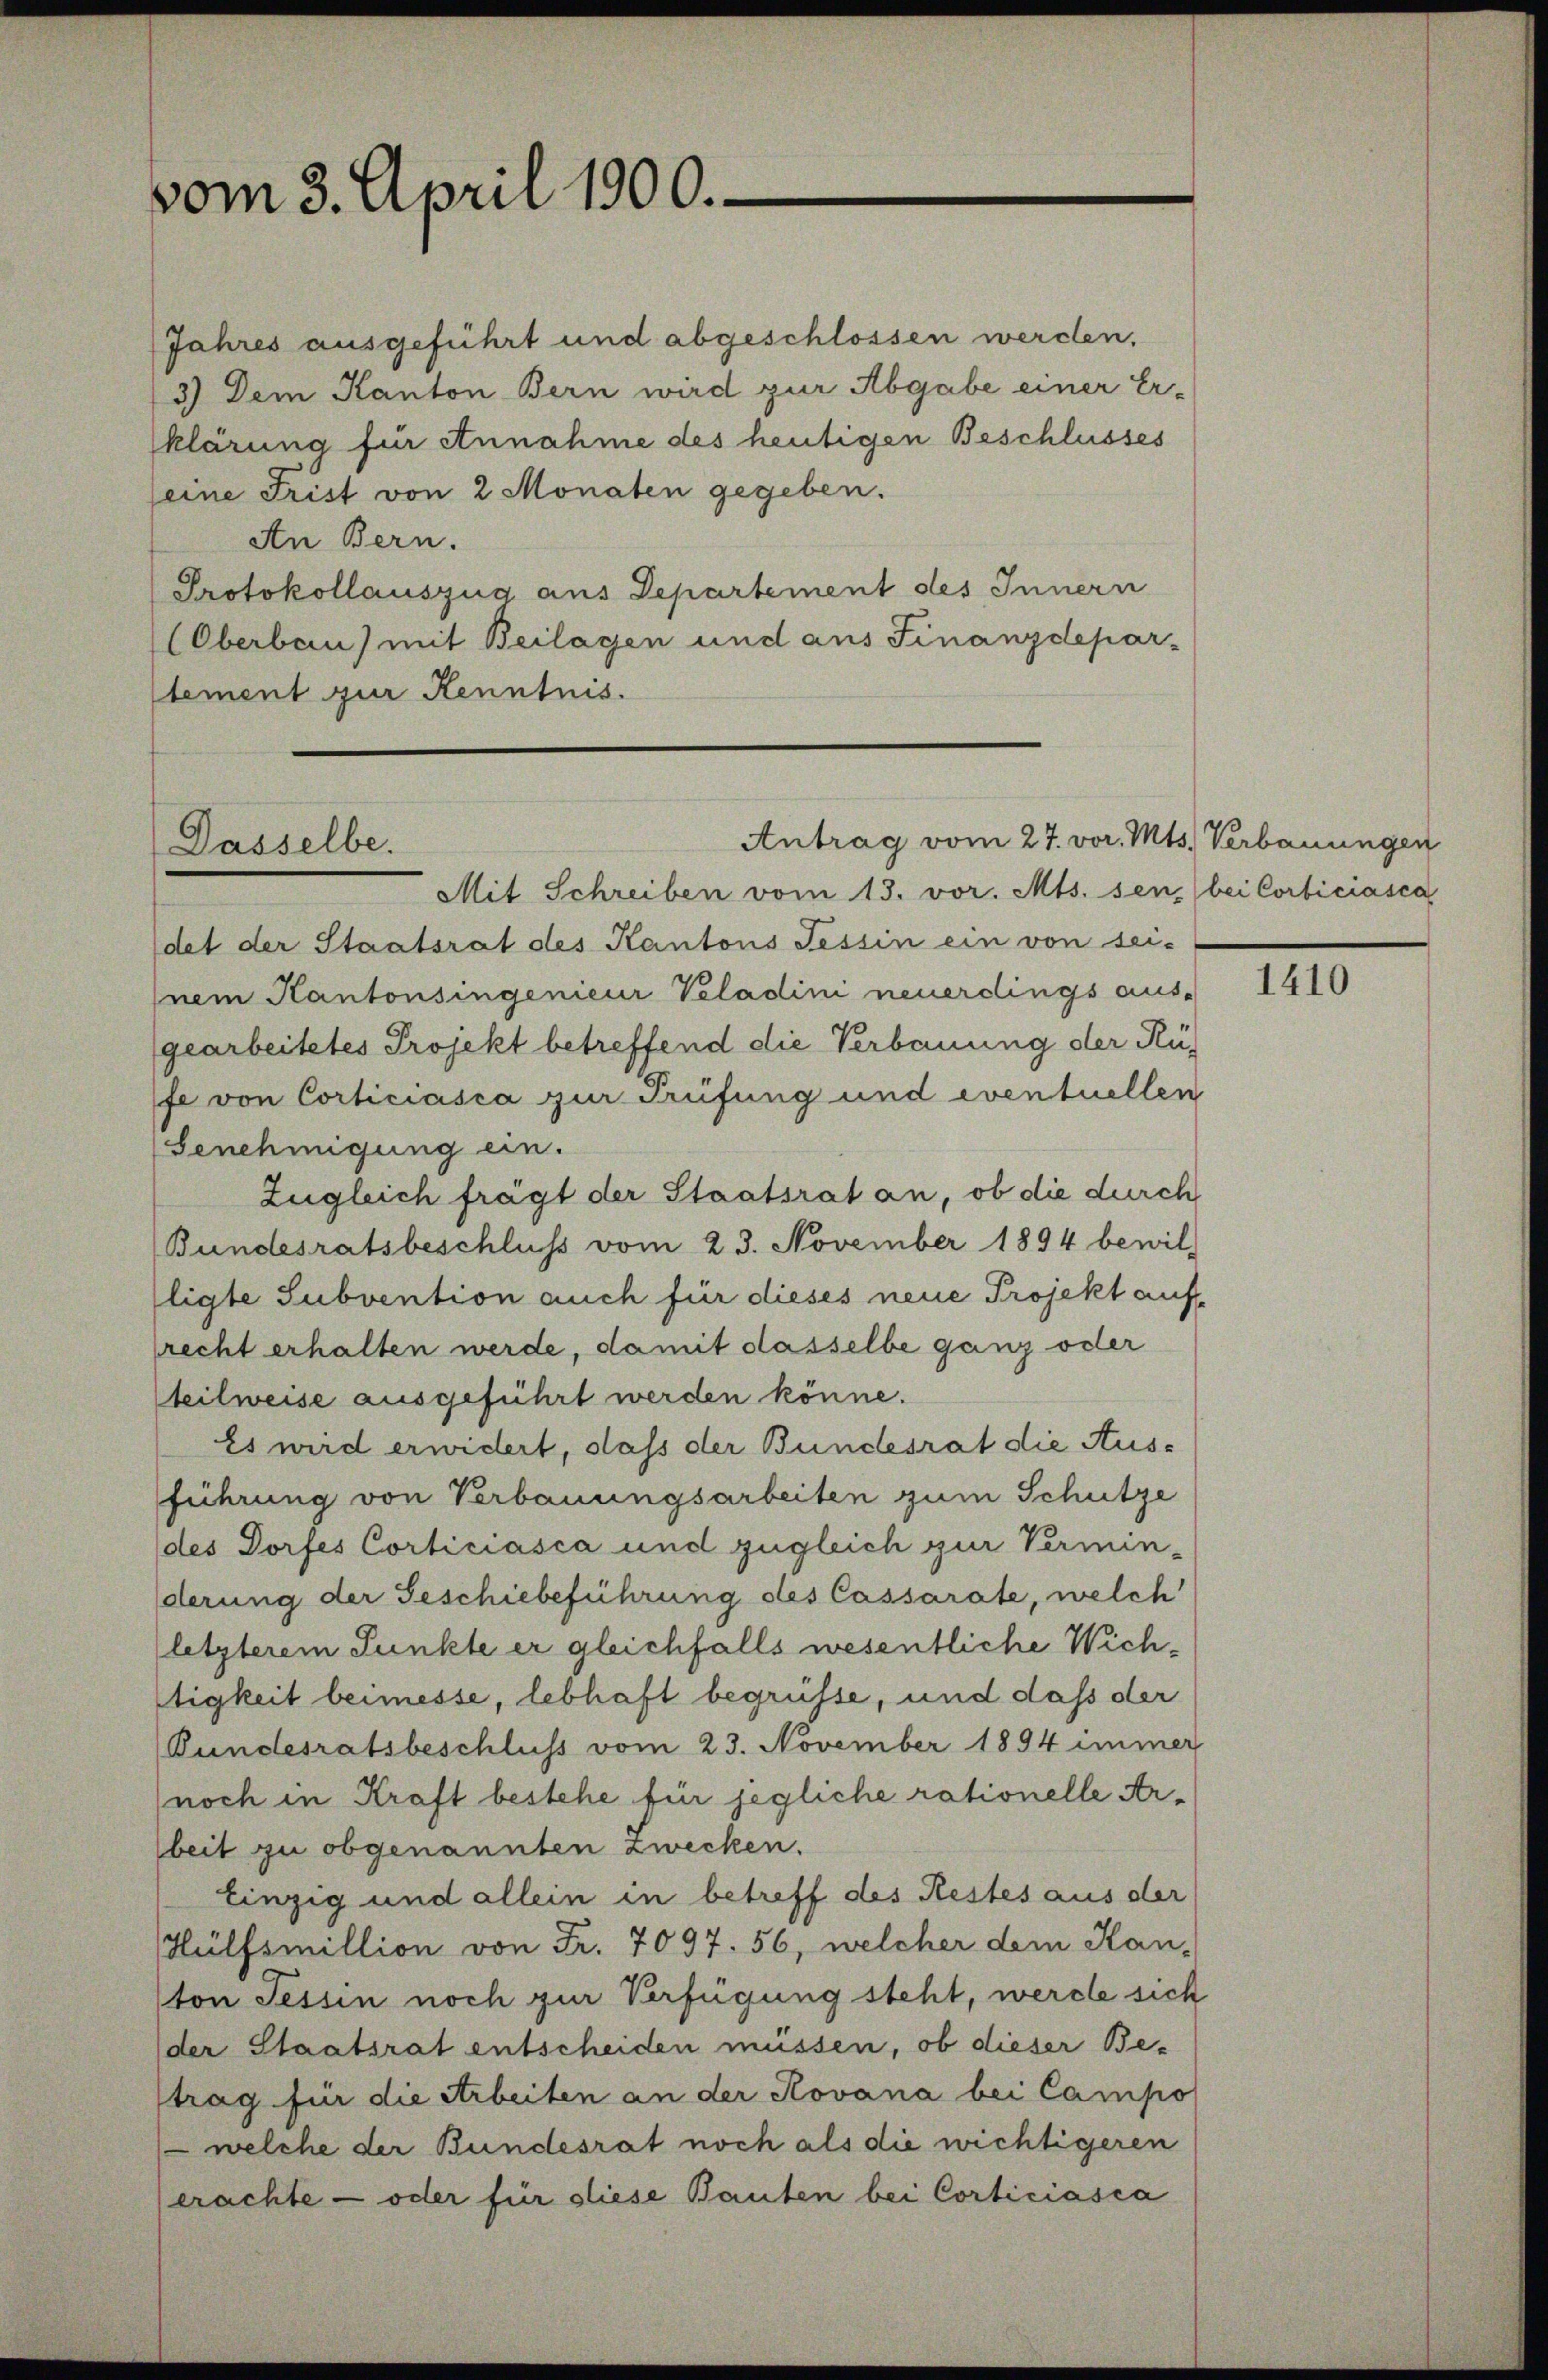
vom 3. April 1800.

Jahres ausgeführt und abgeschlossen werden,
3.) Dem Kanton Bern wird zur Abgabe einer Er-
klärung für Annahme des heutigen Beschlusses
eine Frist von 2 Monaten gegeben.
An Bern.
Protokollauszug aus Departement des Innern
Oberbau) mit Beilagen und aus Finanzdepar-
tement zur Kenntnis.

Dasselbe.

Antrag vom 27. vor. Mts. Verbauungen

Mit Schreiben vom 13. vor. Mts. sen bei Corbiciasca
det der Staatsrat des Kantons Tessin ein von sei-
nem Kantonsingenieur Veladini neuerdings aus-
(gearbeitetes Projekt betreffend die Verbauung der Rüfe von Corticiasca zur Prüfung und eventuellen
Genehmigung ein.
Zugleich fragt der Staatsrat an, ob die durch
Bundesratsbeschluss vom 23. November 1894 bewil
ligte Subvention auch für dieses neue Projekt auf-
recht erhalten werde, damit dasselbe ganz oder
teilweise ausgeführt werden könne.
Es wird erwidert, dass der Bundesrat die Ausführung von Verbauungsarbeiten zum Schütze
des Dorfes Corticiasca und zugleich zur Verminderung der Geschiebeführung des Cassarate, welch
(letzterem Punkte er gleichfalls wesentliche Wichltigkeit beimesse, lebhaft begrüsse, und daß der
Bundesratsbeschluss vom 23. November 1894 immer
noch in Kraft bestehe für jegliche rationelle Arbeit zu obgenannten Zwecken.
Einzig und allein in betreff des Restes aus der
Hülfsmillion von Fr. 7097. 56, welcher dem Kan-
ton Tessin noch zur Verfügung steht, werde sich
der Staatsrat entscheiden müssen, ob dieser Be-
trag für die Arbeiten an der Rovana bei Campo
 welche der Bundesrat noch als die wichtigeren
erachte — oder für diese Bauten bei Corticiasca

1410